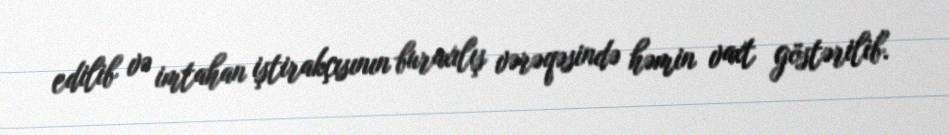
edilib və imtahan iştirakçısının buraxılış vərəqəsində həmin vaxt göstərilib.